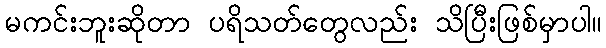
မကင်းဘူးဆိုတာ ပရိသတ်တွေလည်း သိပြီးဖြစ်မှာပါ။